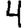
Digit: 4